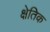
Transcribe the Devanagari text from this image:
क्षेतिक